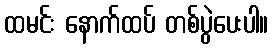
ထမင်း နောက်ထပ် တစ်ပွဲပေးပါ။